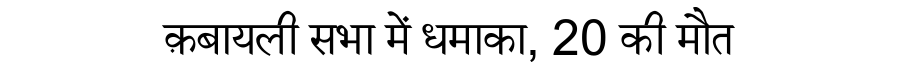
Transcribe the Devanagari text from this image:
क़बायली सभा में धमाका, 20 की मौत